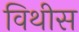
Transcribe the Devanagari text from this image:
विथीस